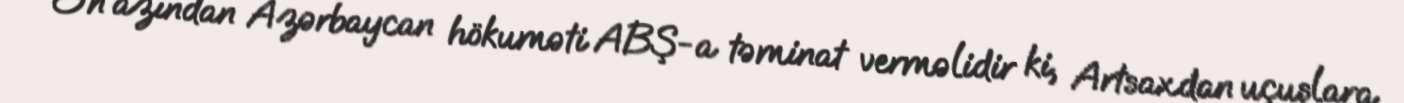
Ən azından Azərbaycan hökuməti ABŞ-a təminat verməlidir ki, Artsaxdan uçuşlara